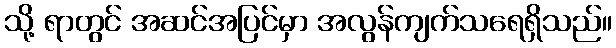
သို့ ရာတွင် အဆင်အပြင်မှာ အလွန်ကျက်သရေရှိသည်။